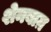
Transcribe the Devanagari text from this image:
शेनबाग़